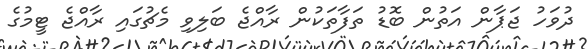
ދުވަހު ޖަޕާން އަތުން ބޮޑު ތަފާތަކުން ރާއްޖެ ބަލިވި މެޗުގައި ރާއްޖެ ޓީމުގެ